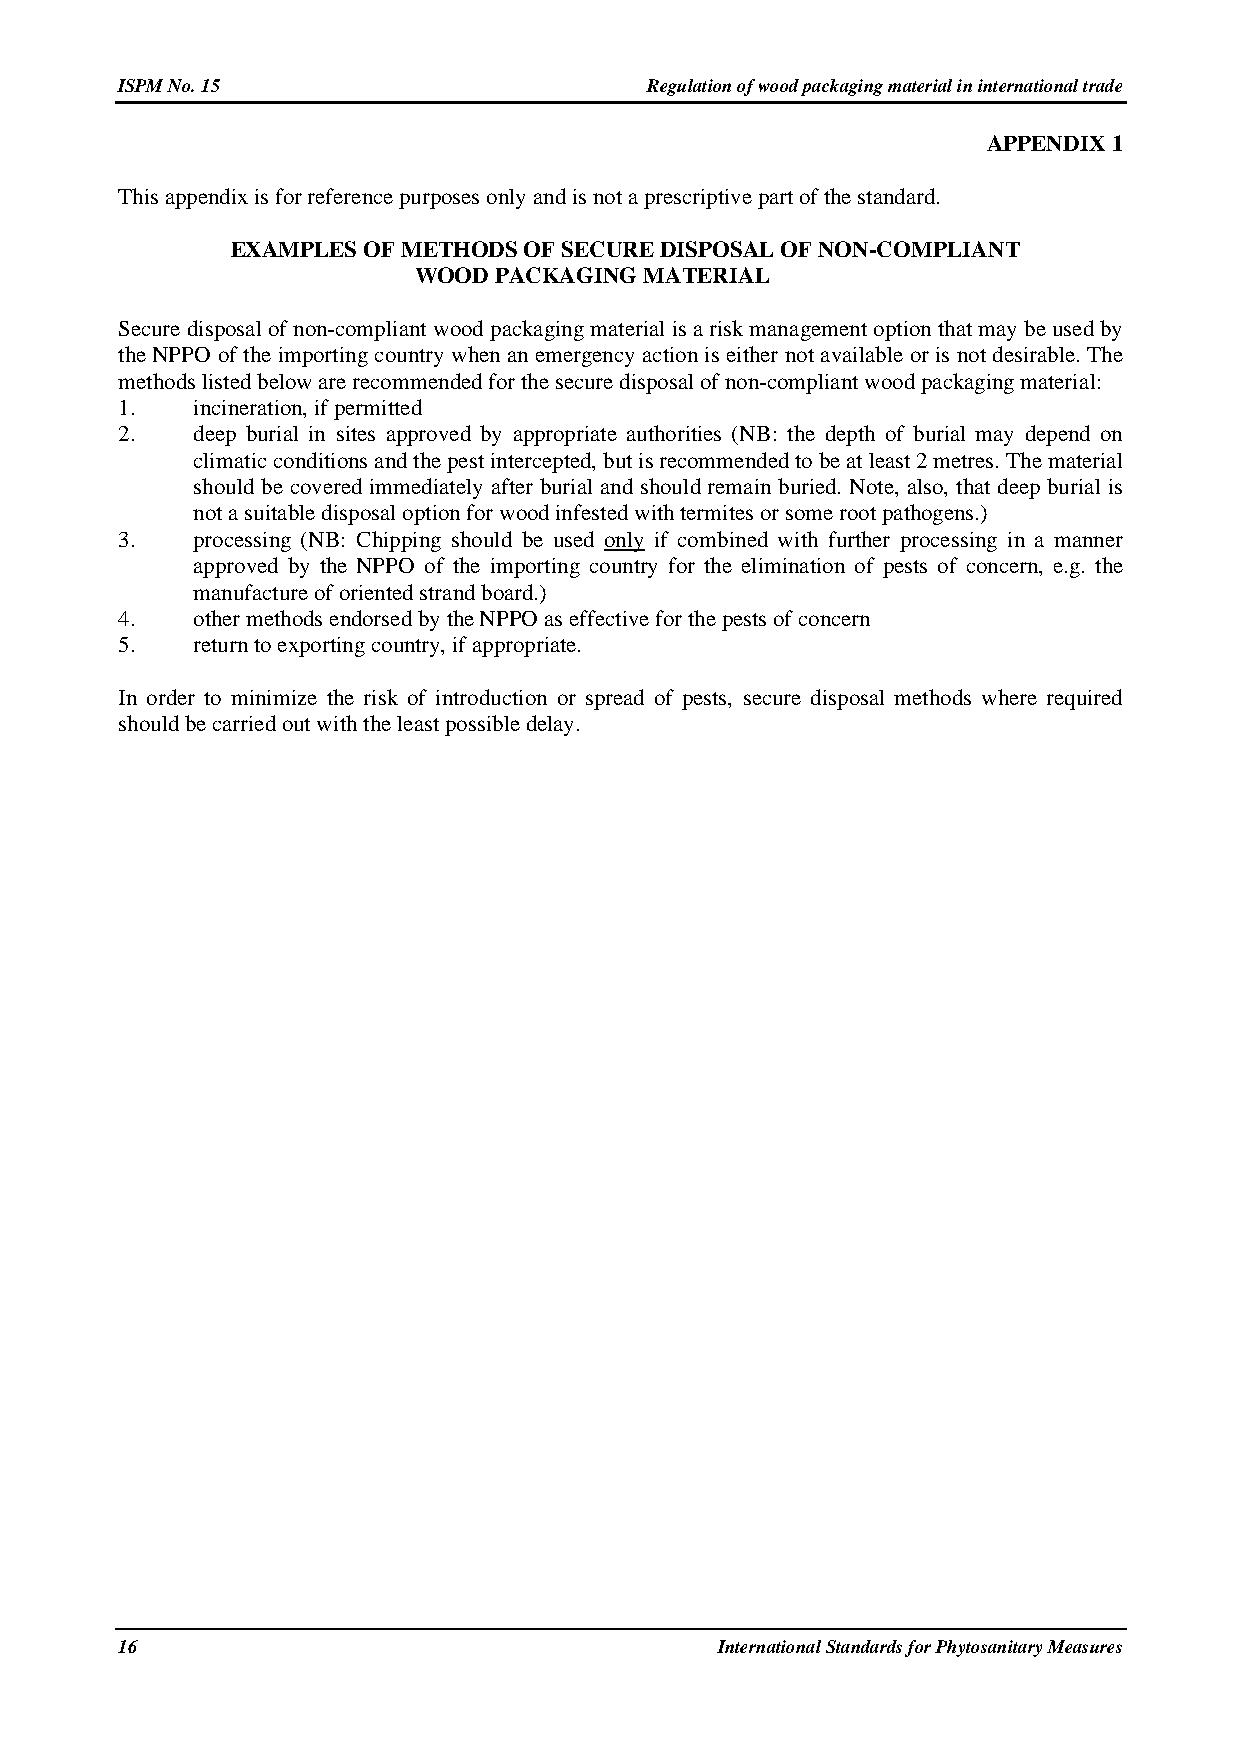
ISPM No. 15                        Regulation of wood packaging material in international trade
 APPENDIX 1
 This appendix is for reference purposes only and is not a prescriptive part of the standard.
 EXAMPLES OF METHODS OF SECURE DISPOSAL OF NON-COMPLIANT
 WOOD  PACKAGING MATERIAL
 Secure disposal of non-compliant wood packaging material is a risk management option that may be used by
 the NPPO of the importing country when an emergency action is either not available or is not desirable. The
 methods listed below are recommended for the secure disposal of non-compliant wood packaging material:
 1.   incineration, if permitted
 2.   deep burial in sites approved by appropriate authorities (NB: the depth of burial may depend on
 climatic conditions and the pest intercepted, but is recommended to be at least 2 metres. The material
 should be covered immediately after burial and should remain buried. Note, also, that deep burial is
 not a suitable disposal option for wood infested with termites or some root pathogens.)
 3.   processing (NB: Chipping should be used only if combined with further processing in a manner
 approved by the NPPO of the importing country for the elimination of pests of concern, e.g. the
 manufacture of oriented strand board.)
 4.   other methods endorsed by the NPPO as effective for the pests of concern
 5.   return to exporting country, if appropriate.
 In order to minimize the risk of introduction or spread of pests, secure disposal methods where required
 should be carried out with the least possible delay.
 16                                     International Standards for Phytosanitary Measures